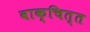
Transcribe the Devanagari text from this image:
वाक्चित्त